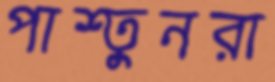
পাশ্তুনরা